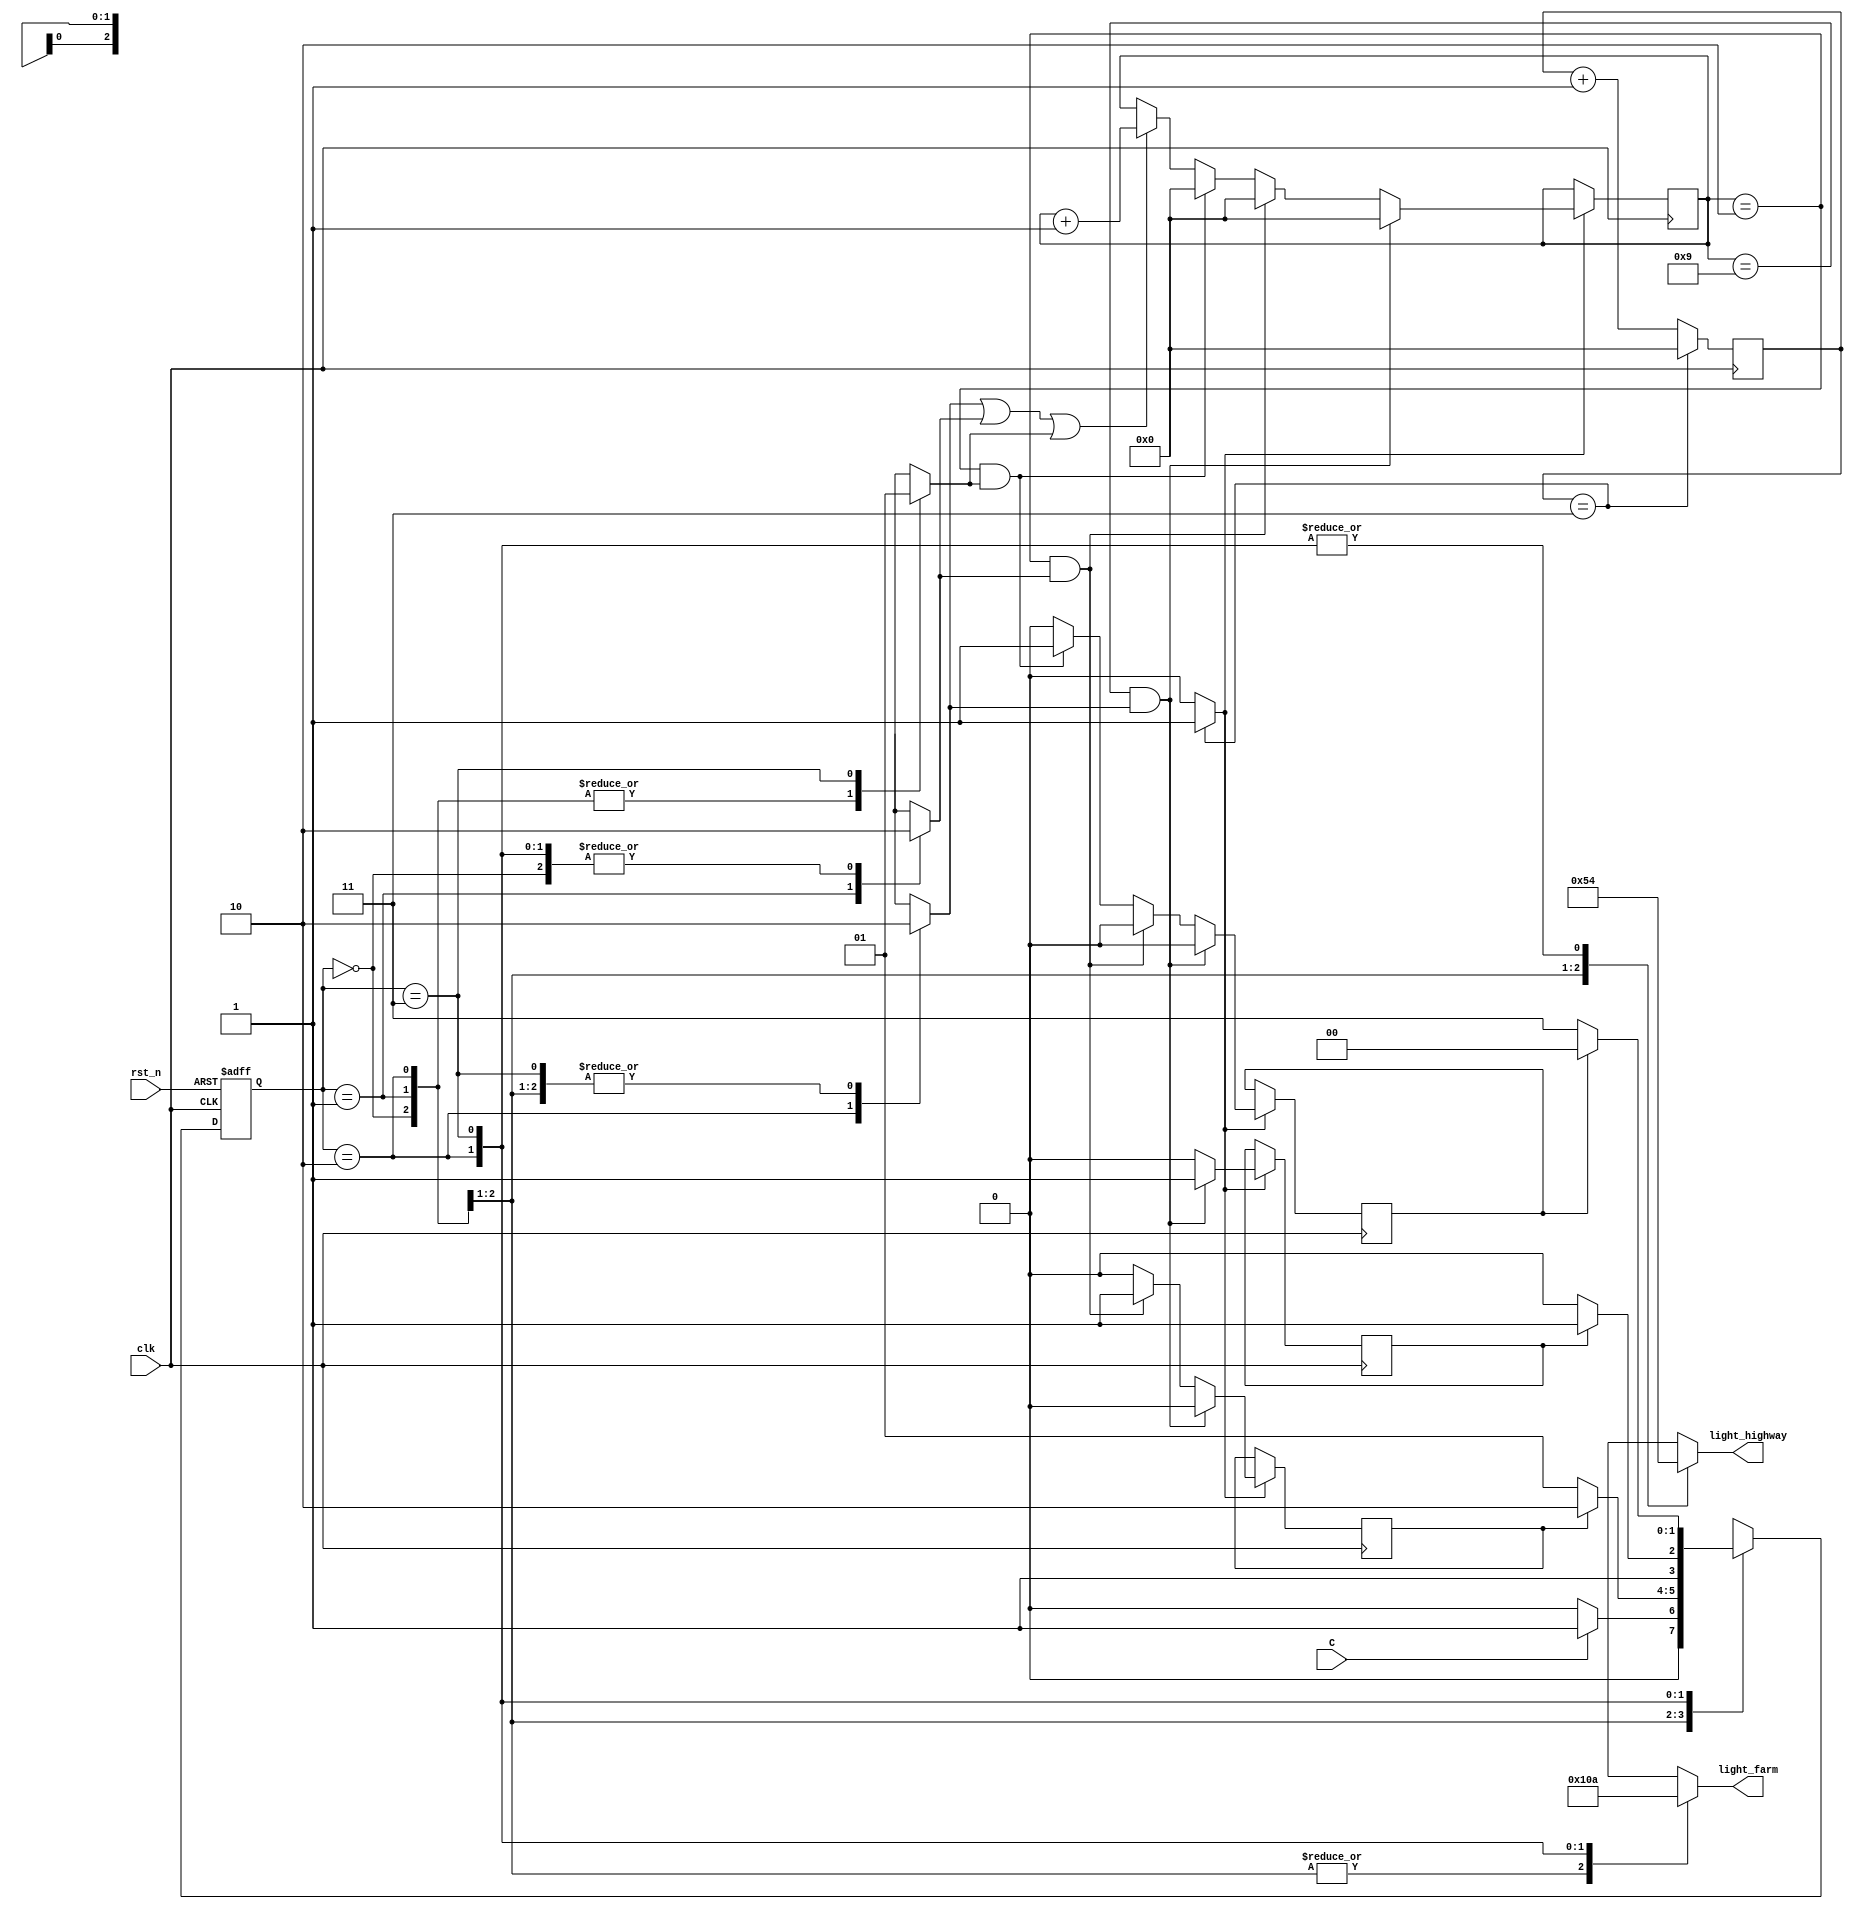
module traffic_light(light_highway, light_farm, C, clk, rst_n);
parameter HGRE_FRED=2'b00, // Highway green and farm red
   HYEL_FRED = 2'b01,// Highway yellow and farm red
   HRED_FGRE=2'b10,// Highway red and farm green
   HRED_FYEL=2'b11;// Highway red and farm yellow
input C, // sensor
   clk, // clock = 50 MHz
   rst_n; // reset active low
output reg[2:0] light_highway, light_farm; // output of lights

reg[27:0] count=0,count_delay=0;
reg delay10s=0, delay3s1=0,delay3s2=0,RED_count_en=0,YELLOW_count_en1=0,YELLOW_count_en2=0;
wire clk_enable; // clock enable signal for 1s
reg[1:0] state, next_state;
// next state
always @(posedge clk or negedge rst_n)
begin
if(~rst_n)
 state <= 2'b00;
else 
 state <= next_state; 
end
// FSM
always @(*)
begin
case(state)
HGRE_FRED: begin // Green on highway and red on farm way
 RED_count_en=0;
 YELLOW_count_en1=0;
 YELLOW_count_en2=0;
 light_highway = 3'b001;
 light_farm = 3'b100;
 if(C) next_state = HYEL_FRED; 
 // if sensor detects vehicles on farm road, 
 // turn highway to yellow -> green
 else next_state =HGRE_FRED;
end
HYEL_FRED: begin// yellow on highway and red on farm way
  light_highway = 3'b010;
  light_farm = 3'b100;
  RED_count_en=0;
 YELLOW_count_en1=1;
 YELLOW_count_en2=0;
  if(delay3s1) next_state = HRED_FGRE;
  // yellow for 3s, then red
  else next_state = HYEL_FRED;
end
HRED_FGRE: begin// red on highway and green on farm way
 light_highway = 3'b100;
 light_farm = 3'b001;
 RED_count_en=1;
 YELLOW_count_en1=0;
 YELLOW_count_en2=0;
 if(delay10s) next_state = HRED_FYEL;
 // red in 10s then turn to yello -> green again for high way
 else next_state =HRED_FGRE;
end
HRED_FYEL:begin// red on highway and yellow on farm way
 light_highway = 3'b100;
 light_farm = 3'b010;
 RED_count_en=0;
 YELLOW_count_en1=0;
 YELLOW_count_en2=1;
 if(delay3s2) next_state = HGRE_FRED;
 // turn green for highway, red for farm road
 else next_state =HRED_FYEL;
end
default: next_state = HGRE_FRED;
endcase
end
// create red and yellow delay counts
always @(posedge clk)
begin
if(clk_enable==1) begin
 if(RED_count_en||YELLOW_count_en1||YELLOW_count_en2)
  count_delay <=count_delay + 1;
  if((count_delay == 9)&&RED_count_en) 
  begin
   delay10s=1;
   delay3s1=0;
   delay3s2=0;
   count_delay<=0;
  end
  else if((count_delay == 2)&&YELLOW_count_en1) 
  begin
   delay10s=0;
   delay3s1=1;
   delay3s2=0;
   count_delay<=0;
  end
  else if((count_delay == 2)&&YELLOW_count_en2) 
  begin
   delay10s=0;
   delay3s1=0;
   delay3s2=1;
   count_delay<=0;
  end
  else
  begin
   delay10s=0;
   delay3s1=0;
   delay3s2=0;
  end 
 end
end
// create 1s clock enable 
always @(posedge clk)
begin
 count <=count + 1;
 //if(count == 50000000) // 50,000,000 for 50 MHz clock running on real FPGA
 if(count == 3) // for testbench
  count <= 0;
end
 assign clk_enable = count==3 ? 1: 0; // 50,000,000 for 50MHz running on FPGA
endmodule